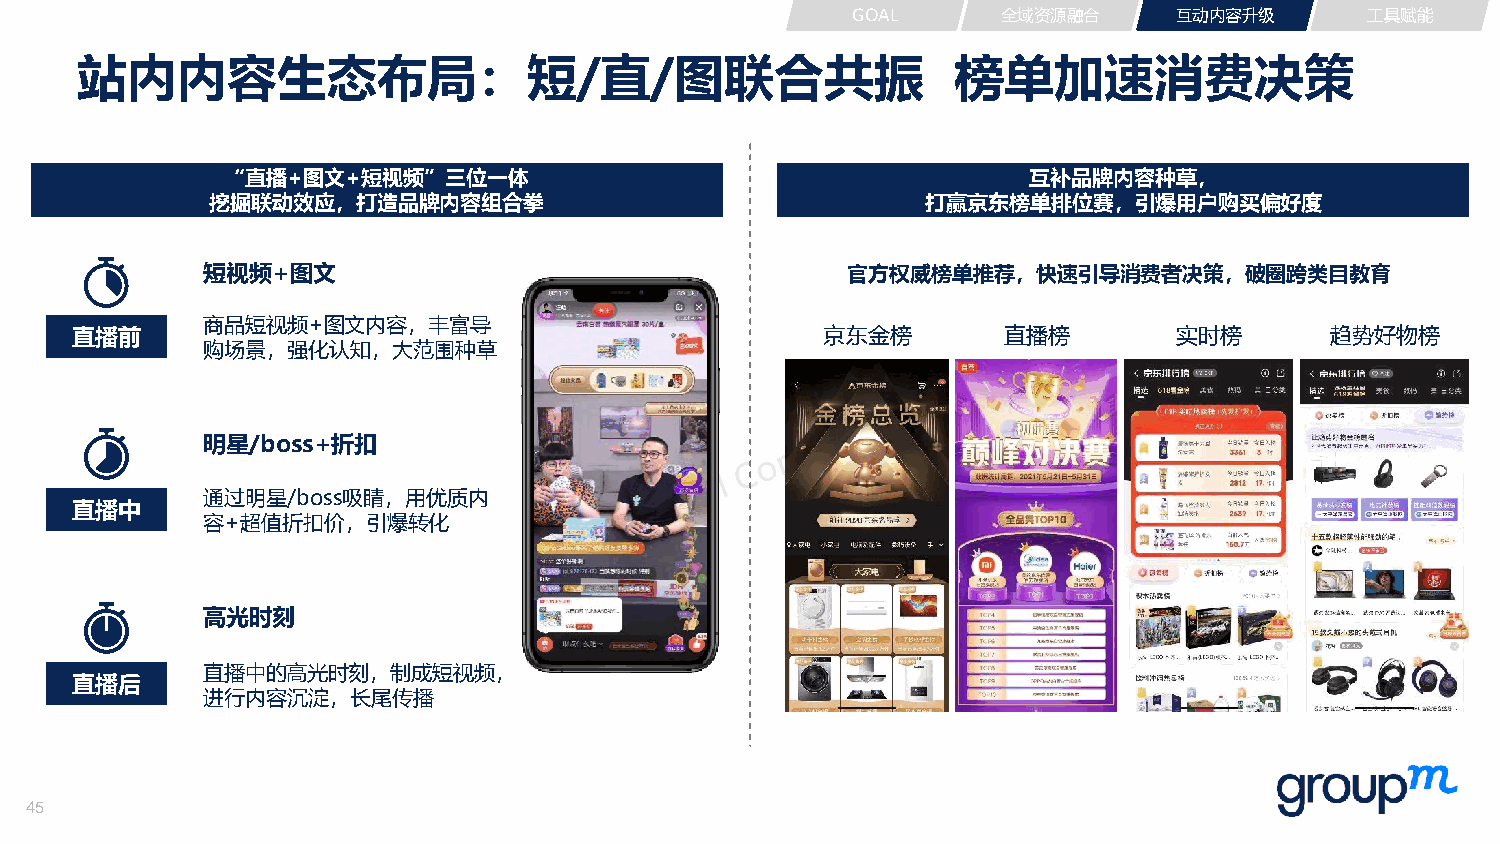
GOAL      全域资源融合      互动内容升级       工具赋能
 站内内容生态布局：短/直/图联合共振                                        榜单加速消费决策
 “直播+图文+短视频”三位一体                                      互补品牌内容种草，
 挖掘联动效应，打造品牌内容组合拳                               打赢京东榜单排位赛，引爆用户购买偏好度
 短视频+图文                                     官方权威榜单推荐，快速引导消费者决策，破圈跨类目教育
 商品短视频+图文内容，丰富导
 直播前                                               京东金榜       直播榜         实时榜       趋势好物榜
 购场景，强化认知，大范围种草
 明星/boss+折扣
 通过明星/boss吸睛，用优质内
 直播中
 容+超值折扣价，引爆转化
 高光时刻
 直播中的高光时刻，制成短视频，
 直播后
 进行内容沉淀，长尾传播
 45